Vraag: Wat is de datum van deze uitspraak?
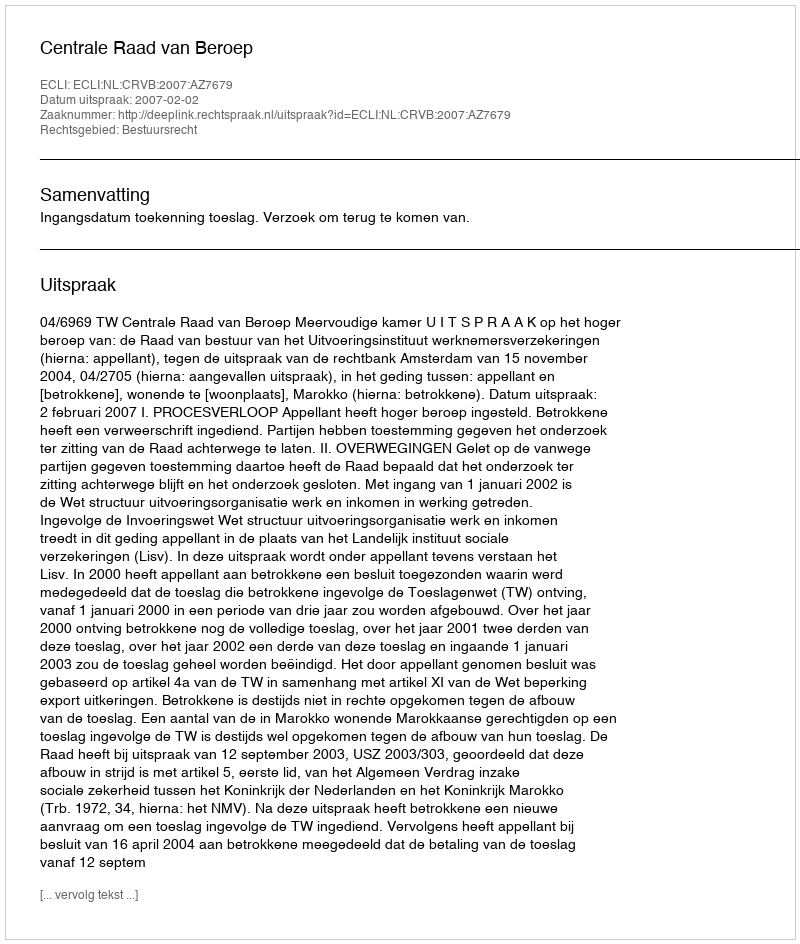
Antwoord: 2007-02-02